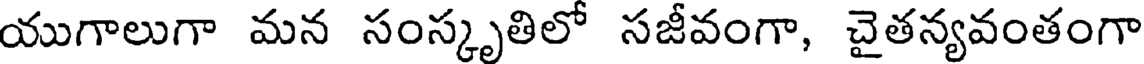
యుగాలుగా మన సంస్కృతిలో సజీవంగా, చైతన్యవంతంగా